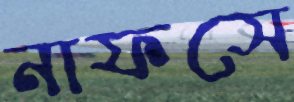
নাফসে